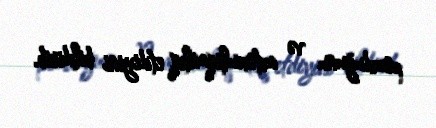
pozduğunu və avtoxuliqanlıq etdiyini bildirib.